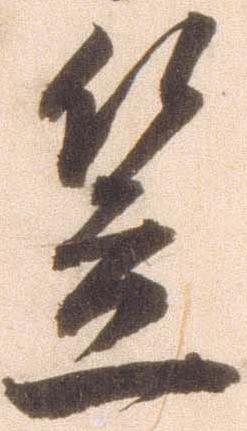
笠